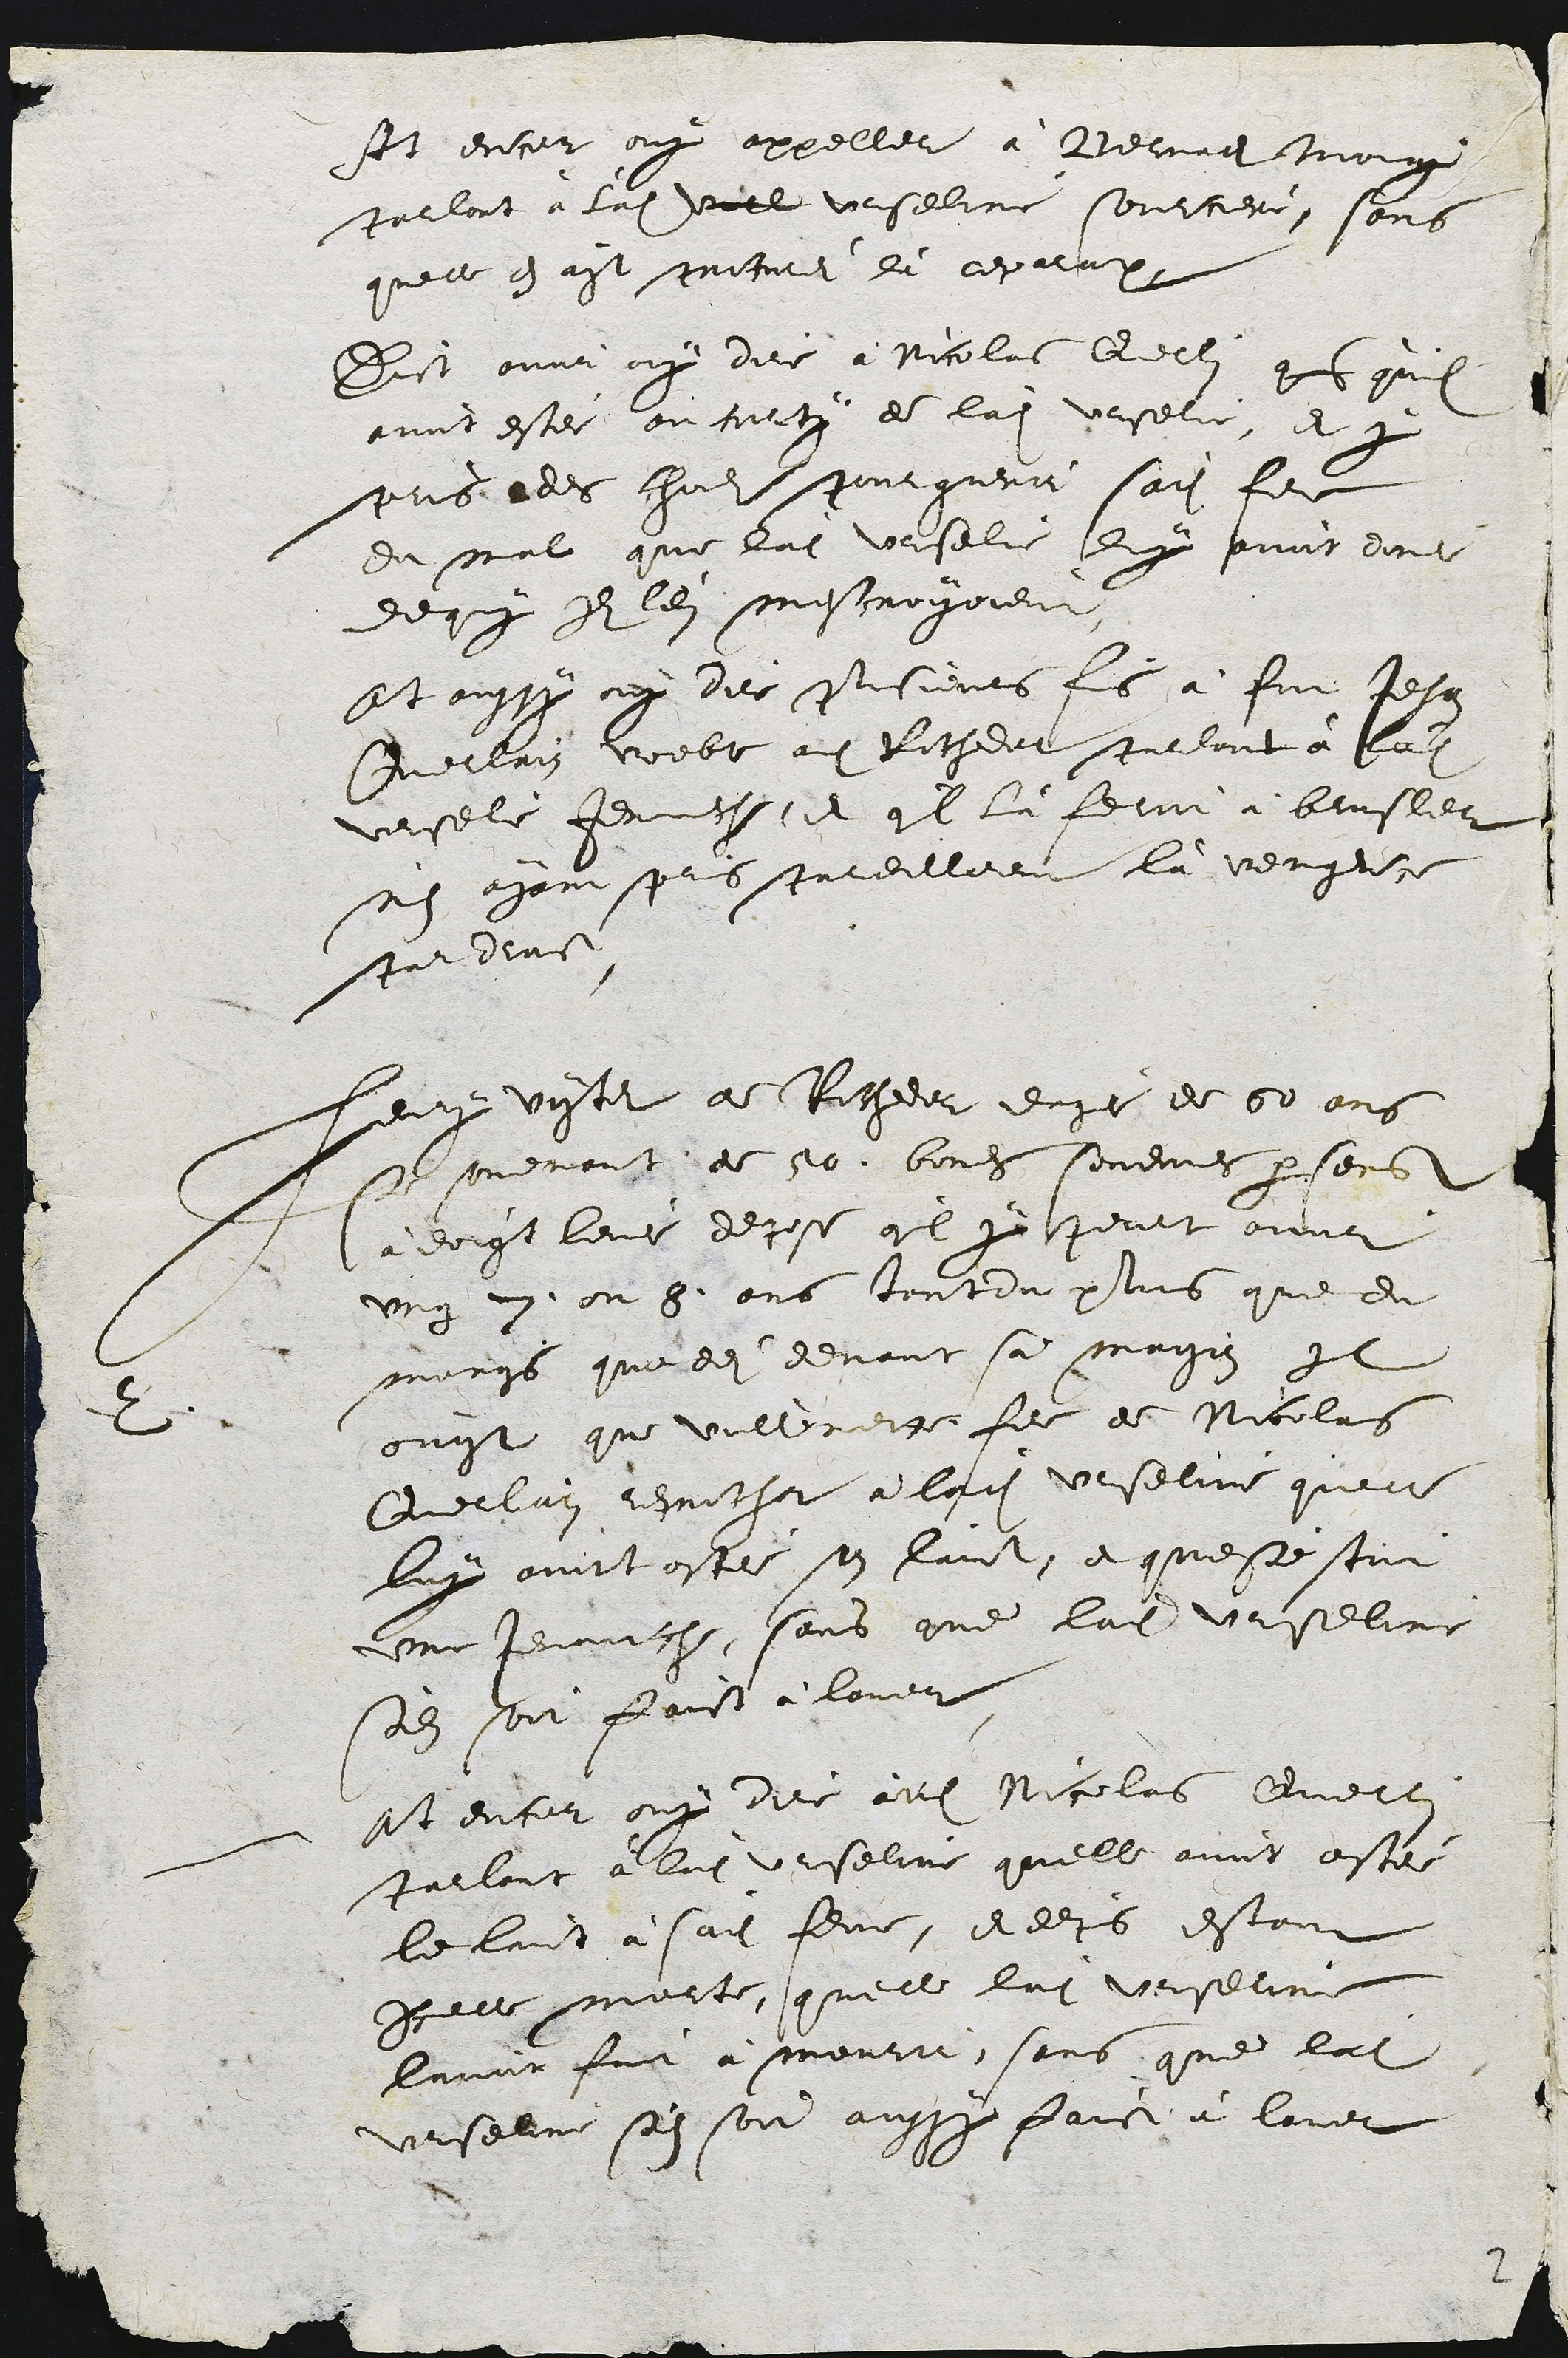
Ait encor ouy appeller à Bernad Muoug
parloit à ladite ville Urseline sourciere, sans
quelle en ayt proturei la reparatx
Dict onver ouy dire à Nicolas Quellin ens quil
avoit estee au corte de ladite Urselie, et p
pris des chous pourguerit sadite fire
du mal que ladite Urselie duy avoit done
dequy It ledit mescroiyoient
Et aussy ny dire pusieurs fis à fut Jehan
Guerrain voeble audit Rochedar parlant à ladite
Uersele Jerche, et quil la feroit à brusler
nen ayant pris pareillerent là vengerce
par drust
2
Leuy vistet de Raocheor eage de 50 ans
se sondmaust de 10 boues senemes persons
à doigt leur depose qil y peurt avoir
ung 7. ou 8. ans tant du plus que du
marngs que dei devant sa maison Il
ouyt que vollomeire feme de Nicolais
Querlain reprocher à ladite Urseline quelle
luy aviit ostée son laict, et queste stoit
une Jenauche, sans que ladite Urseline
sodit soit faict à lover
At encor ouy dire audit Nicolas Querle
parlant à ladite Urseline quelle avoit estée
le laict à sadite femme, et depuis estant
Icelle morte, quelle ladite Urseline
lavoit fot à mourir sans que ladite
Urselne sin son aussy faict à laver

2